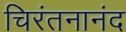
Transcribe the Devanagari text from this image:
चिरंतनानंद